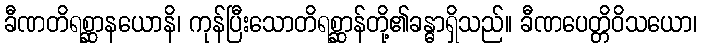
ခီဏတိရစ္ဆာနယောနိ၊ ကုန်ပြီးသောတိရစ္ဆာန်တို့၏ခန္ဓာရှိသည်။ ခီဏပေတ္တိဝိသယော၊